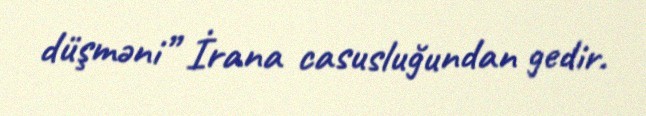
düşməni” İrana casusluğundan gedir.